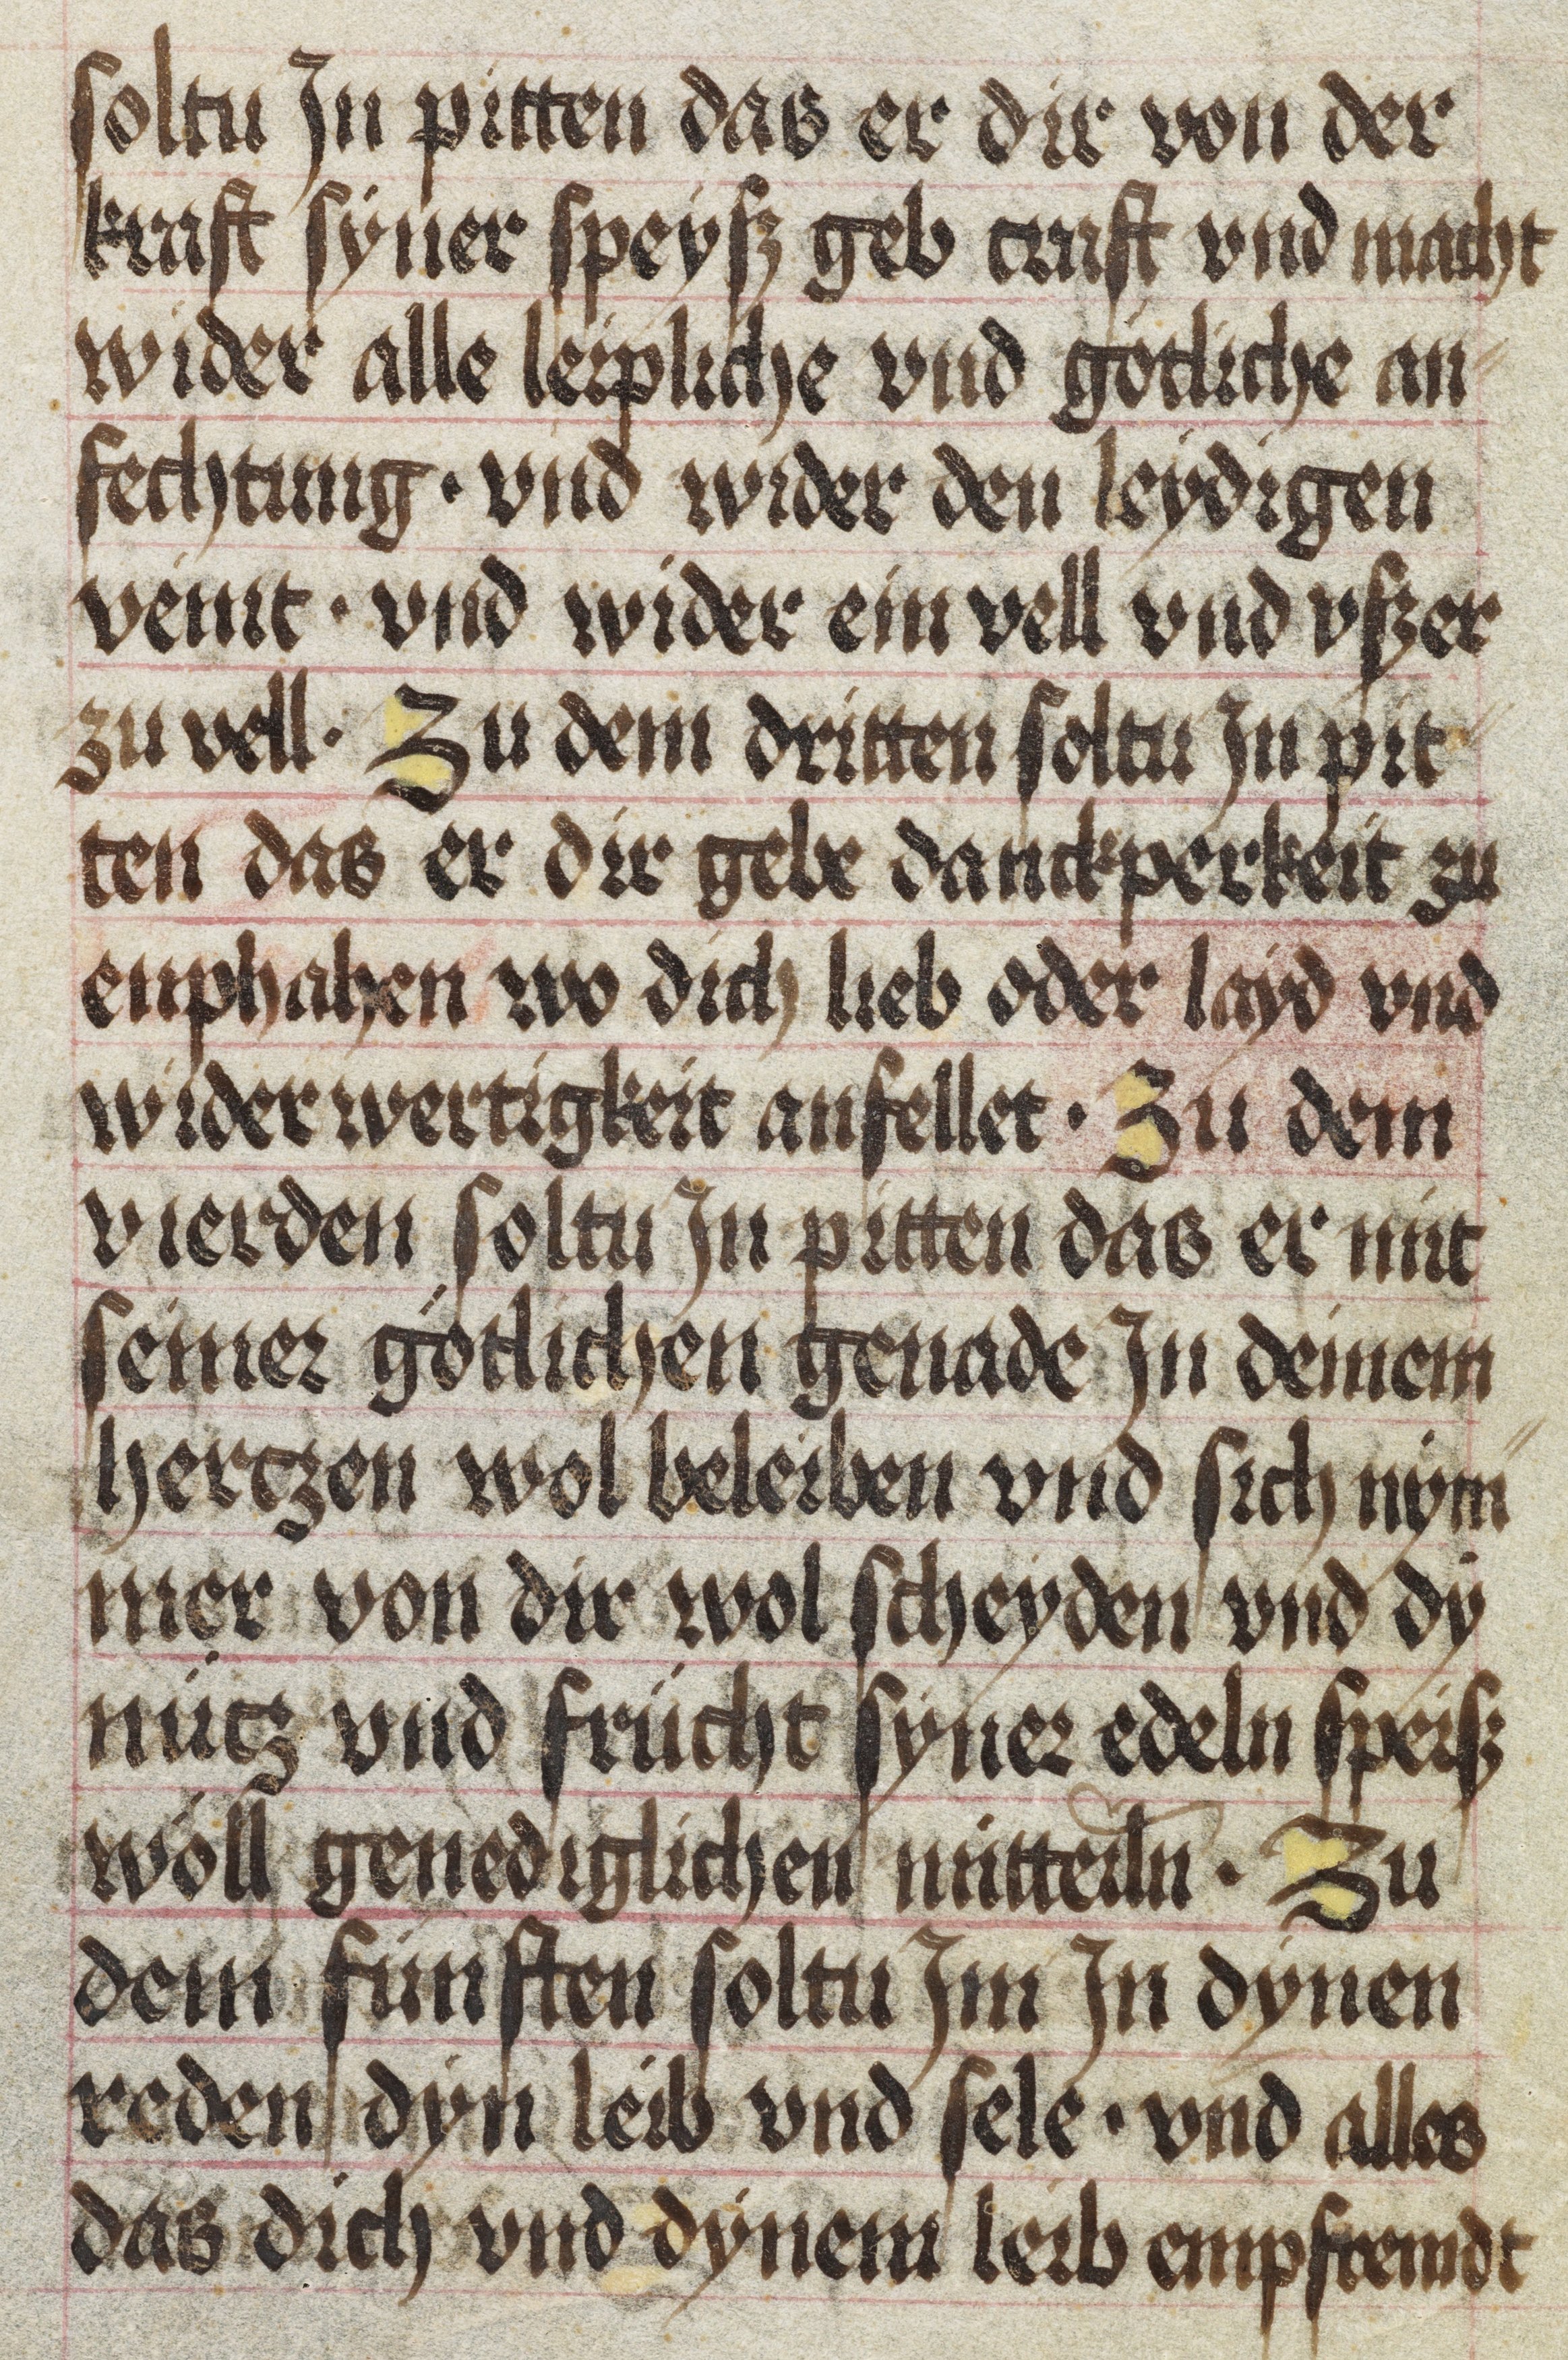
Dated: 1475–1499